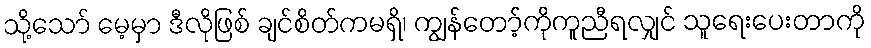
သို့သော် မေ့မှာ ဒီလိုဖြစ် ချင်စိတ်ကမရှိ၊ ကျွန်တော့်ကိုကူညီရလျှင် သူရေးပေးတာကို